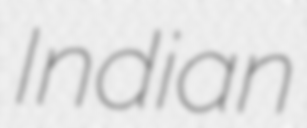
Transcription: Indian